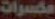
مكسرات